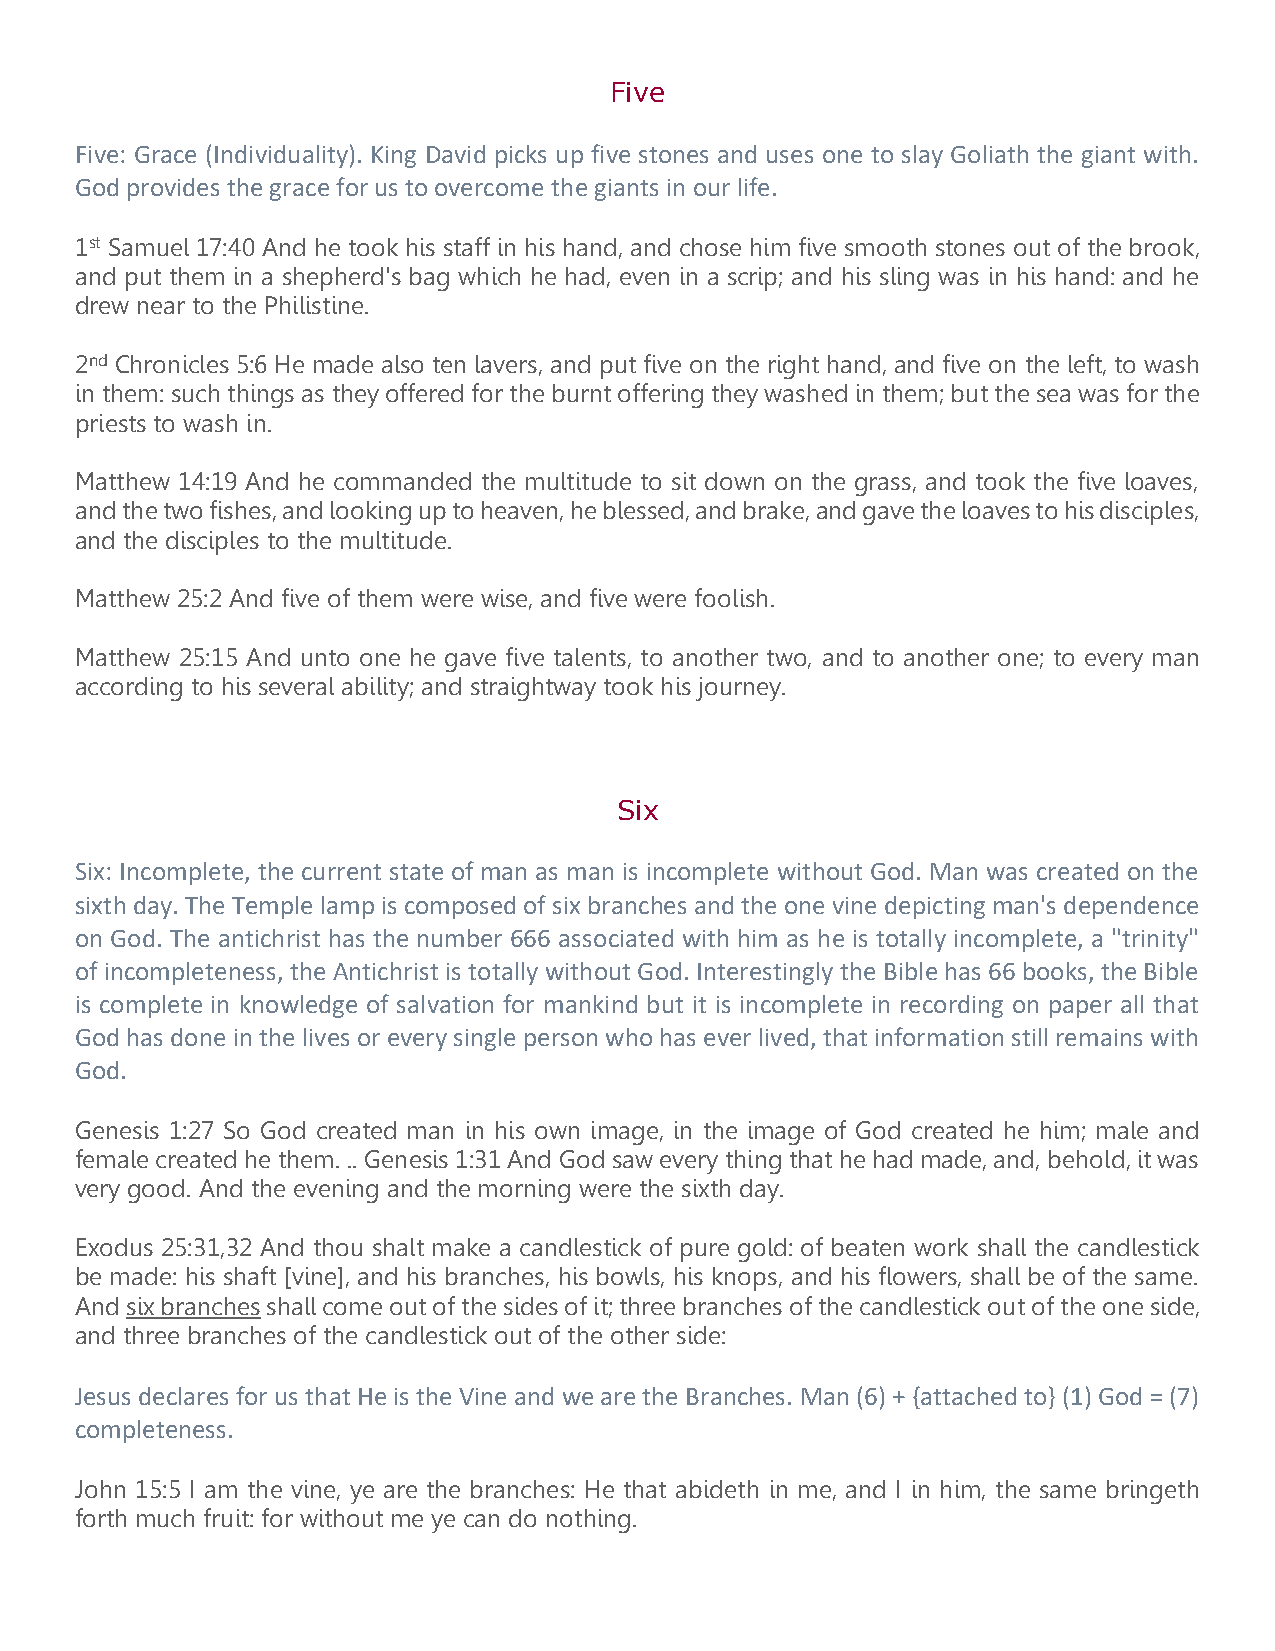
Five
 Five: Grace (Individuality). King David picks up five stones and uses one to slay Goliath the giant with.
 God provides the grace for us to overcome the giants in our life.
 1st Samuel 17:40 And he took his staff in his hand, and chose him five smooth stones out of the brook,
 and put them in a shepherd's bag which he had, even in a scrip; and his sling was in his hand: and he
 drew near to the Philistine.
 2nd Chronicles 5:6 He made also ten lavers, and put five on the right hand, and five on the left, to wash
 in them: such things as they offered for the burnt offering they washed in them; but the sea was for the
 priests to wash in.
 Matthew 14:19 And he commanded the multitude to sit down on the grass, and took the five loaves,
 and the two fishes, and looking up to heaven, he blessed, and brake, and gave the loaves to his disciples,
 and the disciples to the multitude.
 Matthew 25:2 And five of them were wise, and five were foolish.
 Matthew 25:15 And unto one he gave five talents, to another two, and to another one; to every man
 according to his several ability; and straightway took his journey.
 Six
 Six: Incomplete, the current state of man as man is incomplete without God. Man was created on the
 sixth day. The Temple lamp is composed of six branches and the one vine depicting man's dependence
 on God. The antichrist has the number 666 associated with him as he is totally incomplete, a "trinity"
 of incompleteness, the Antichrist is totally without God. Interestingly the Bible has 66 books, the Bible
 is complete in knowledge of salvation for mankind but it is incomplete in recording on paper all that
 God has done in the lives or every single person who has ever lived, that information still remains with
 God.
 Genesis 1:27 So God created man in his own image, in the image of God created he him; male and
 female created he them. .. Genesis 1:31 And God saw every thing that he had made, and, behold, it was
 very good. And the evening and the morning were the sixth day.
 Exodus 25:31,32 And thou shalt make a candlestick of pure gold: of beaten work shall the candlestick
 be made: his shaft [vine], and his branches, his bowls, his knops, and his flowers, shall be of the same.
 And six branches shall come out of the sides of it; three branches of the candlestick out of the one side,
 and three branches of the candlestick out of the other side:
 Jesus declares for us that He is the Vine and we are the Branches. Man (6) + {attached to} (1) God = (7)
 completeness.
 John 15:5 I am the vine, ye are the branches: He that abideth in me, and I in him, the same bringeth
 forth much fruit: for without me ye can do nothing.